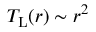
T _ { \mathrm { L } } ( r ) \sim r ^ { 2 }